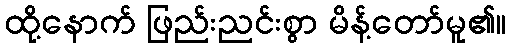
ထို့နောက် ဖြည်းညင်းစွာ မိန့်တော်မူ၏။